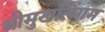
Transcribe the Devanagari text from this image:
श्रीमुखलिंगम